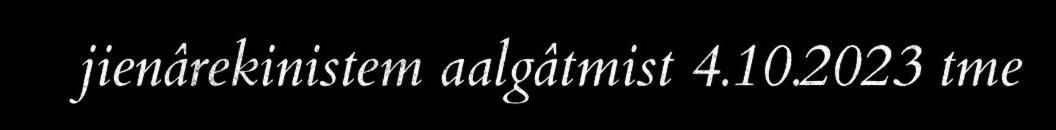
jienârekinistem aalgâtmist 4.10.2023 tme